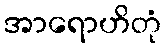
အာရောဟိတုံ